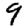
Digit: 9